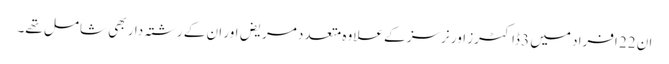
ان 22 افراد میں 3 ڈاکٹرز اور نرسز کے علاوہ متعدد مریض اور ان کے رشتہ دار بھی شامل تھے۔